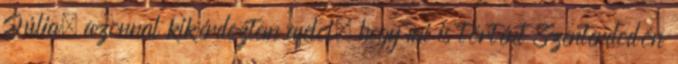
Júlia, azonnal kikérdeztem afelõl, hogy mi is történt Szenterdõdön